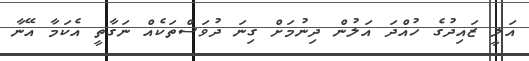
އަލީ ޒައިދުގެ ހުއްދަ އަލުން ދިނުމަށް ގިނަ ދުވަސްތަކެއް ނަގާތީ އެކަމާ އޭނާ